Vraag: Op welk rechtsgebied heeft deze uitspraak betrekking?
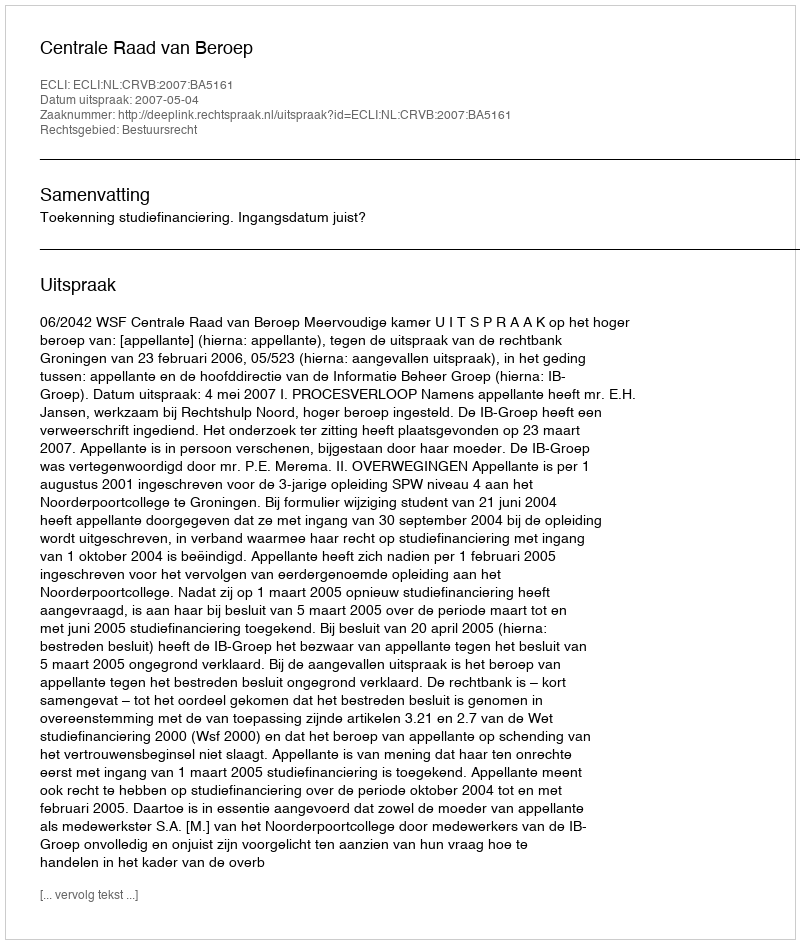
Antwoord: Bestuursrecht